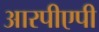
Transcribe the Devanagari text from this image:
आरपीएपी